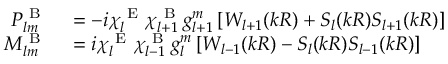
\begin{array} { r l } { P _ { l m } ^ { \mathrm { ~ B ~ } } } & { { } = - i \chi _ { l } ^ { \mathrm { ~ E ~ } } \chi _ { l + 1 } ^ { \mathrm { ~ B ~ } } g _ { l + 1 } ^ { m } \left[ W _ { l + 1 } ( k R ) + S _ { l } ( k R ) S _ { l + 1 } ( k R ) \right] } \\ { M _ { l m } ^ { \mathrm { ~ B ~ } } } & { { } = i \chi _ { l } ^ { \mathrm { ~ E ~ } } \chi _ { l - 1 } ^ { \mathrm { ~ B ~ } } g _ { l } ^ { m } \left[ W _ { l - 1 } ( k R ) - S _ { l } ( k R ) S _ { l - 1 } ( k R ) \right] } \end{array}